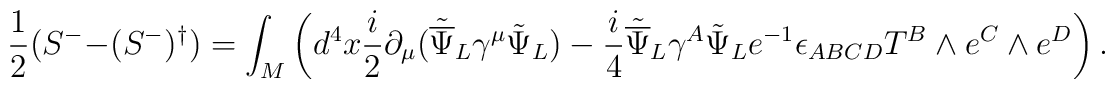
\frac{1}{2}(S^- - (S^-)^\dagger) = \int_M \left(d^4x \frac{i}{2}\partial_\mu({\tilde {\overline\Psi}}_L\gamma^\mu{\tilde\Psi}_L)-\frac{i}{4}{\tilde {\overline\Psi}}_L\gamma^A{\tilde\Psi}_Le^{-1}\epsilon_{ABCD}T^B\wedge e^C \wedge e^D \right).